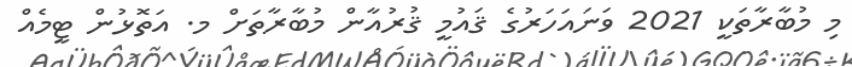
މި މުބާރާތަކީ 2021 ވަނައަހަރުގެ ޤައުމީ ޤުރުއާން މުބާރާތަށް މ. އަތޮޅުން ޓީމެއް